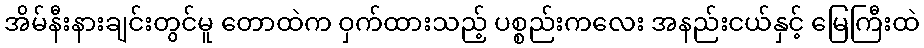
အိမ်နီးနားချင်းတွင်မူ တောထဲက ဝှက်ထားသည့် ပစ္စည်းကလေး အနည်းငယ်နှင့် မြေကြီးထဲ